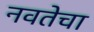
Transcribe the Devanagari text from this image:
नवतेचा